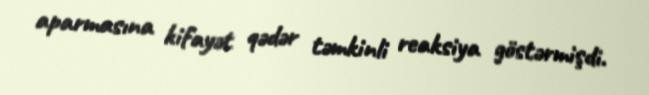
aparmasına kifayət qədər təmkinli reaksiya göstərmişdi.